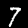
Digit: 7